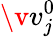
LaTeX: \v{v}_{j}^{0}